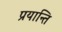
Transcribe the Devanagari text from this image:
प्रयान्ति